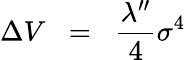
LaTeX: \Delta V\; \; =\; \; \frac{\lambda^{\prime\prime}}{4}\sigma^{4}